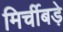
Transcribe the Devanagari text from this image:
मिर्चीबड़े